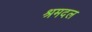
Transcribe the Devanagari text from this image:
श्रमदल